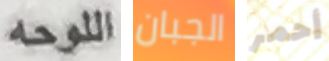
اللوحه الجبان أحمر